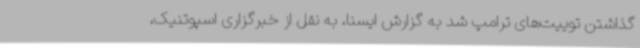
گذاشتن توییت‌های ترامپ شد به گزارش ایسنا، به نقل از خبرگزاری اسپوتنیک،